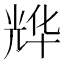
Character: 𱏩